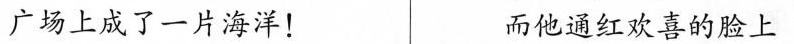
广场上成了一片海洋！ 而他通红欢喜的脸上